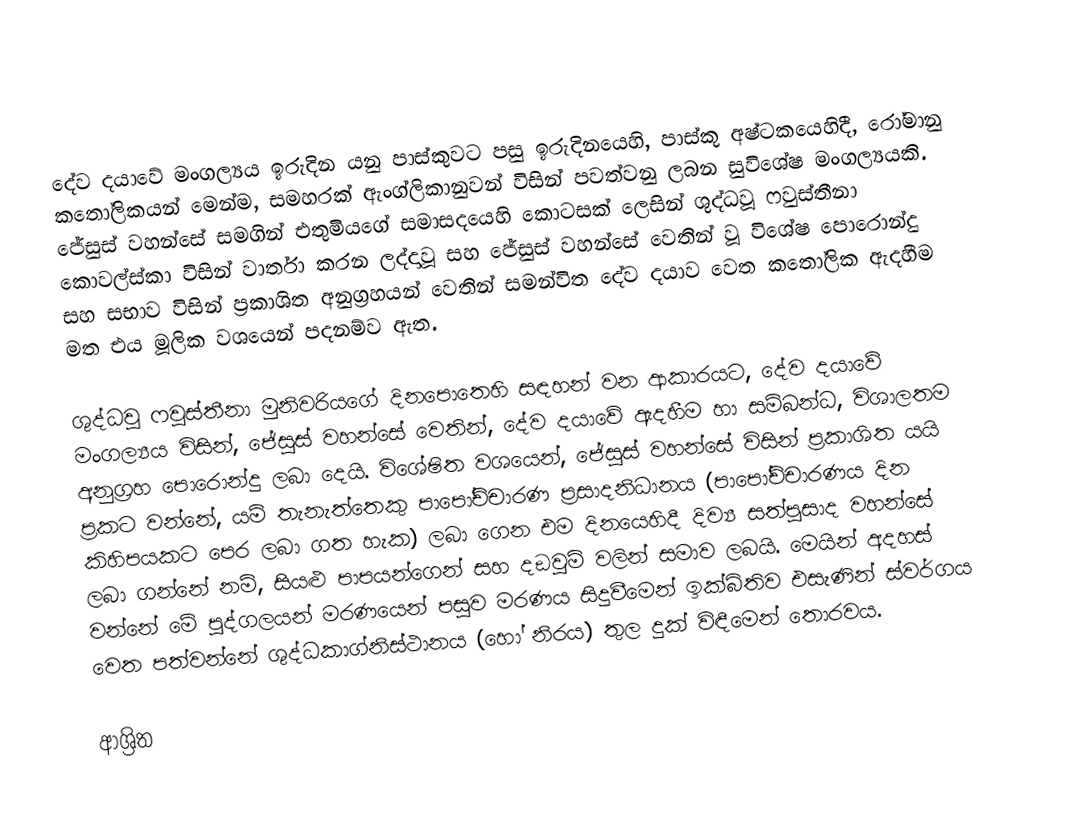
දේව දයාවේ මංගල්‍යය ඉරුදින යනු  පාස්කුවට පසු ඉරුදිනයෙහි, පාස්කු අෂ්ටකයෙහිදී, රෝමානු කතෝලිකයන් මෙන්ම, සමහරක් ඇංග්ලිකානුවන් විසින් පවත්වනු ලබන සුවිශේෂ මංගල්‍යයකි. ජේසුස් වහන්සේ සමගින් එතුමියගේ  සමාසදයෙහි කොටසක් ලෙසින් ශුද්ධවූ ෆවුස්තීනා කොවල්ස්කා විසින් වාර්තා කරන ලද්දාවූ සහ ජේසුස් වහන්සේ වෙතින් වූ විශේෂ පොරොන්දු සහ සභාව විසින් ප්‍රකාශිත අනුග්‍රහයන් වෙතින් සමන්විත  දේව දයාව  වෙත කතෝලික ඇදහීම මත එය මූලික වශයෙන් පදනම්ව ඇත.

ශුද්ධවූ  ෆවුස්තීනා මුනිවරියගේ දිනපොතෙහි සඳහන් වන ආකාරයට, දේව දයාවේ මංගල්‍යය විසින්, ජේසුස් වහන්සේ වෙතින්, දේව දයාවේ ඇදහීම හා සම්බන්ධ, විශාලතම අනුග්‍රහ පොරොන්දු ලබා දෙයි. විශේෂිත වශයෙන්, ජේසුස් වහන්සේ විසින් ප්‍රකාශිත යයි ප්‍රකට වන්නේ, යම් තැනැත්තෙකු පාපෝච්චාරණ ප්‍රසාදනිධානය (පාපෝච්චාරණය දින කිහිපයකට පෙර ලබා ගත හැක) ලබා ගෙන එම දිනයෙහිදී දිව්‍ය සත්පුසාද වහන්සේ ලබා ගන්නේ නම්, සියළු පාපයන්ගෙන් සහ දඞුවම් වලින් සමාව ලබයි. මෙයින් අදහස් වන්නේ මේ පුද්ගලයන් මරණයෙන් පසුව  මරණය සිදුවීමෙන් ඉක්බිතිව එසැණින් ස්වර්ගය වෙත පත්වන්නේ  ශුද්ධකාග්නිස්ථානය (හෝ නිරය) තුල දුක් විඳීමෙන් තොරවය.

ආශ්‍රිත